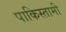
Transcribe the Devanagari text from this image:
पाकिस्तामी